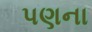
પણના